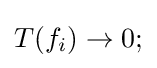
T(f_{i})\to 0;